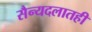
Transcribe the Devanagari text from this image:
सैन्यदलातही